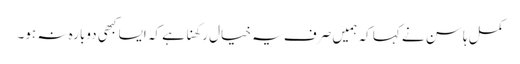
کمل ہاسن نے کہا کہ ہمیں صرف یہ خیال رکھنا ہے کہ ایسا کبھی دوبارہ نہ ہو۔